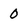
Character: 0